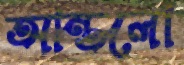
আন্তলো